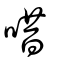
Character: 唶